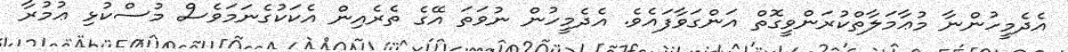
އެދެމީހުންނާ މުޢާމަލާތްކުރަންވީގޮތް އަންގަވާފައެވެ. އެދެމީހުން ނުވަތަ އޭގެ ތެރެއިން އެކަކުގެނަމަވެސް މުސްކުޅި ޢުމުރާ